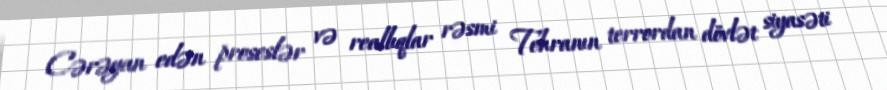
Cərəyan edən proseslər və reallıqlar rəsmi Tehranın terrordan dövlət siyasəti